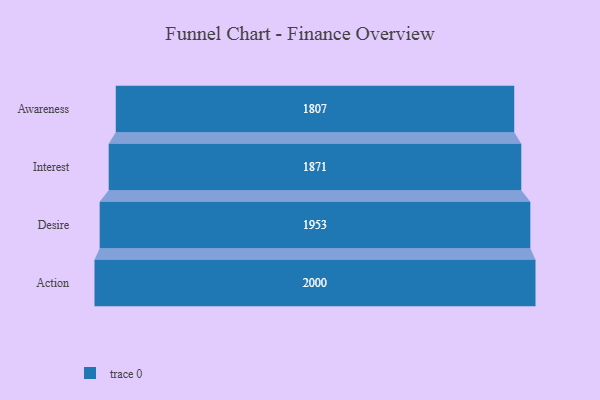
{"axis": {"x": "Stage", "y": "Value"}, "legend": [""], "data": [{"x": "Awareness", "y": 1807.0, "type": ""}, {"x": "Interest", "y": 1871.0, "type": ""}, {"x": "Desire", "y": 1953.0, "type": ""}, {"x": "Action", "y": 2000, "type": ""}]}